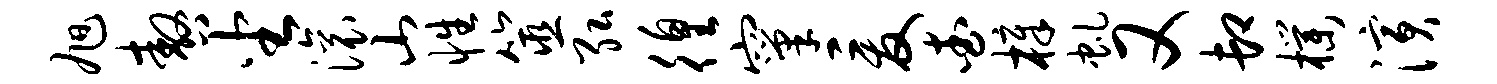
旭嗷坐滚山性筮弘徨窠爰查樟虬又卸朴演